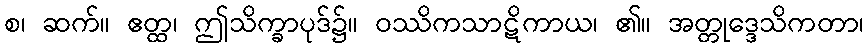
စ၊ ဆက်။ ဧတ္ထ၊ ဤသိက္ခာပုဒ်၌။ ဝဿိကသာဋိကာယ၊ ၏။ အတ္တုဒ္ဒေသိကတာ၊